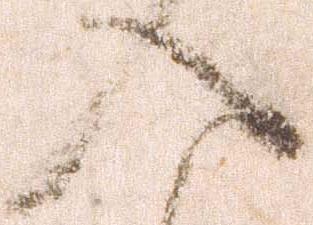
入